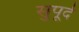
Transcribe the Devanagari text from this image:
सुुपूर्द